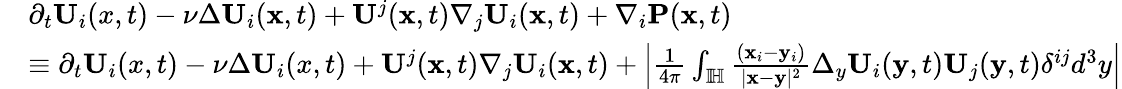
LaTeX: \begin{array}{rl}&{\partial_{t}\mathbf{U}_{i}(x,t)-\nu\Delta\mathbf{U}_{i}(\mathbf{x},t)+\mathbf{U}^{j}(\mathbf{x},t)\nabla_{j}\mathbf{U}_{i}(\mathbf{x},t)+\nabla_{i}\mathbf{P}(\mathbf{x},t)}\\ &{\equiv\partial_{t}\mathbf{U}_{i}(x,t)-\nu\Delta\mathbf{U}_{i}(x,t)+\mathbf{U}^{j}(\mathbf{x},t)\nabla_{j}\mathbf{U}_{i}(\mathbf{x},t)+\left|\frac{1}{4\pi}\int_{\mathbb{I\! H}}\frac{(\mathbf{x}_{i}-\mathbf{y}_{i})}{|\mathbf{x}-\mathbf{y}|^{2}}\Delta_{y}\mathbf{U}_{i}(\mathbf{y},t)\mathbf{U}_{j}(\mathbf{y},t)\delta^{ij}d^{3}y\right|}\end{array}